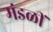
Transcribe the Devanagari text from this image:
मंडळीं